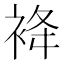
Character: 袶